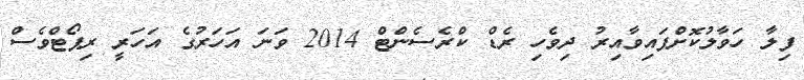
ފިލާ ހަވާލުކޮށްފައިވާއިރު ދިވެހި ރެޑް ކްރެސެންޓް 2014 ވަނަ އަހަރުގެ އަހަރީ ރިޕޯޓްވެސް